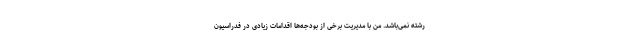
رشته نمی‌باشد. من با مدیریت برخی از بودجه‌ها اقدامات زیادی در فدراسیون